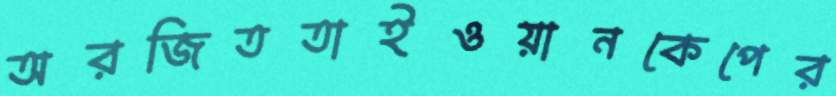
অরজিততাইওয়ানকেপের